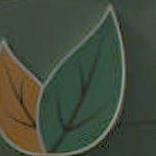
)